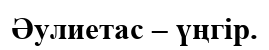
Әулиетас – үңгір.